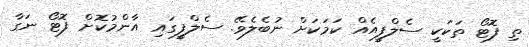
ތި ފޮޓޯ ތަކަކީ ސެލްފީއެއް ކަމަކަށް ނުބެލެވޭ. ސެލްފީގައި އާންމުކޮށް ފޮޓޯ ނަގާ